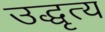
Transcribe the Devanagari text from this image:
उद्धृत्य